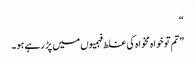
“
”تم تو خواہ مخواہ کی غلط فہمیوں میں پڑ رہے ہو۔